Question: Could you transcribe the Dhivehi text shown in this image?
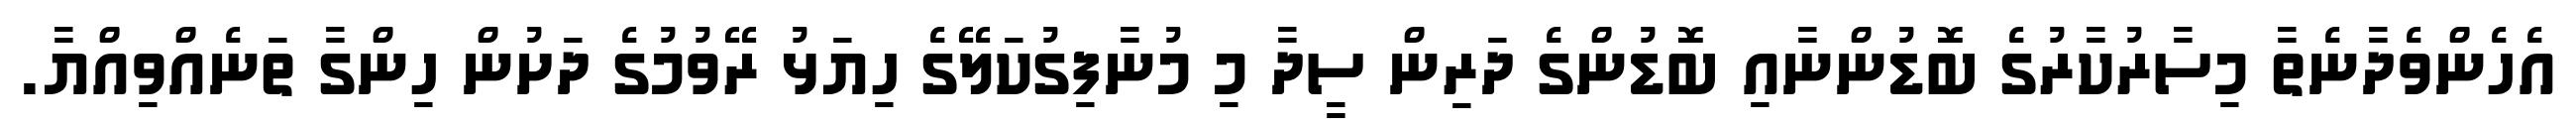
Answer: އެހެންވެދާނެތާ މިސާރުކާރުގެ ބޮޑުންނާއި ބޮޑުންގެ ދަރިން ސީދާ މި މުނާފިގުކަލޭގެ ހިޔަޅު ރޭވުމުގެ ދަށުން ހިންގާ ތަނެއްވިއްޔާ.